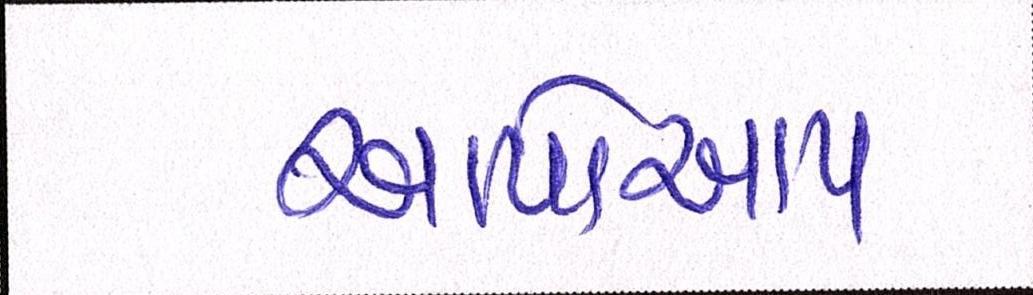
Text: આપોઆપ